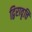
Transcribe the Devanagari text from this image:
द्विरावृत्ति